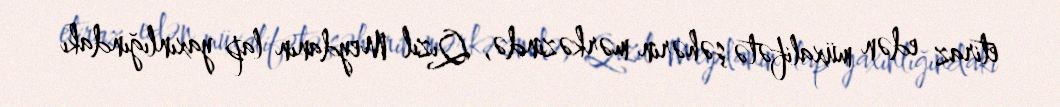
etiraz edən müxalifətə şəhərin mərkəzində, Qızıl Meydanın lap yaxınlığındakı